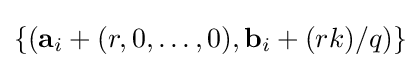
\{(\mathbf {a} _{i}+(r,0,\ldots ,0),\mathbf {b} _{i}+(rk)/q)\}